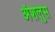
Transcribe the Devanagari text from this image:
अंशलुस